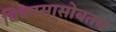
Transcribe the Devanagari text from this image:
विकासासोबतच